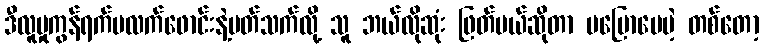
ဒီလူမှုကွန်ရက်ပလက်ဖောင်းနဲ့ပတ်သက်လို့ သူ ဘယ်လိုဆုံး ဖြတ်မယ်ဆိုတာ မပြောပေမဲ့ တစ်တော့